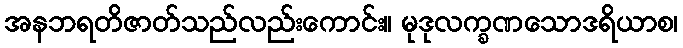
အနဘရတိဇာတ်သည်လည်းကောင်း။ မုဒုလက္ခဏသောဒရိယာစ၊